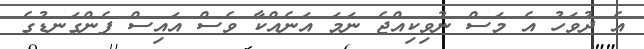
އެ ދުވަހު އެ މަސް ނުވިކިއްޖެ ނަމަ އަނެއްކާ ވެސް އައިސް ފެންގަނޑުގެ